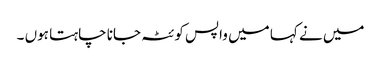
میں نے کہا میں واپس کوئٹہ جانا چاہتا ہوں ۔